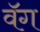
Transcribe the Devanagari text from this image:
वॅग